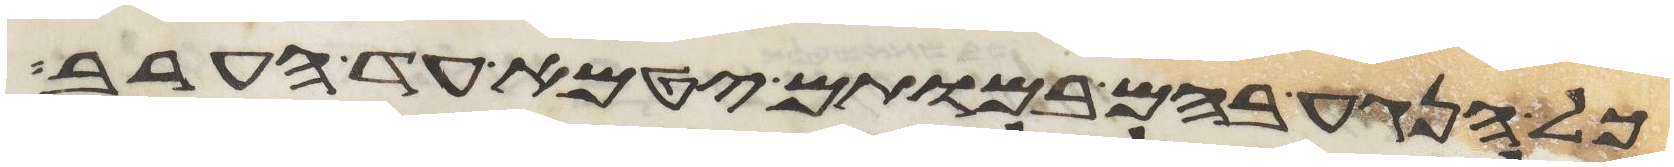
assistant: כל הנגע בהם במותם יטמא עד הערב